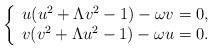
LaTeX: \begin{align*}\left\{\begin{array}{c}u(u^2+\Lambda v^2-1)-\omega v=0,\\v(v^2+\Lambda u^2-1)-\omega u=0.\end{array}\right.\end{align*}